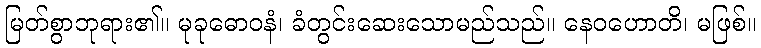
မြတ်စွာဘုရား၏။ မုခုဓောဝနံ၊ ခံတွင်းဆေးသောမည်သည်။ နေဝဟောတိ၊ မဖြစ်။